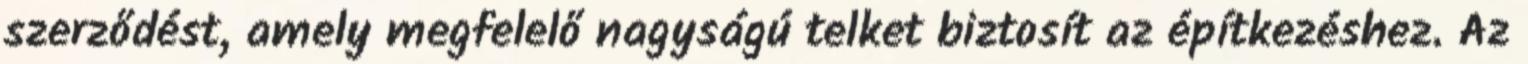
szerződést, amely megfelelő nagyságú telket biztosít az építkezéshez. Az